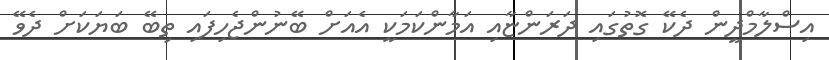
އިސްލާމްދީން ދެކޭ ގޮތުގައި ދަރަންޏާއި އަމާންކަމަކީ އެއަށް ބޭނުންޖެހިފައި ތިބޭ ބަޔަކަށް ދެވޭ